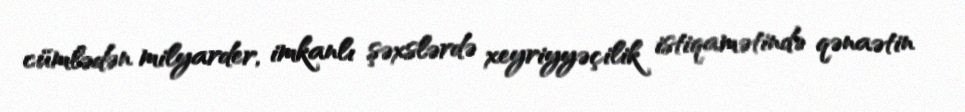
cümlədən milyarder, imkanlı şəxslərdə xeyriyyəçilik istiqamətində qənaətin